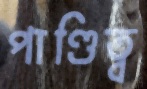
পাণ্ডিত্ব